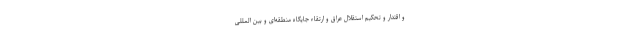
و اقتدار و تحکیم استقلال عراق و ارتقاء جایگاه منطقه‌ای و بین المللی